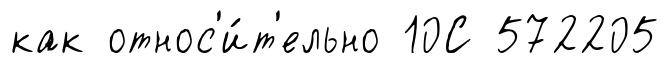
как относ'и́т'ельно 10С 572205